Indian journal of veterinary science and animal husbandry - Volumes 15-17, 1948-1951
Year: 1948
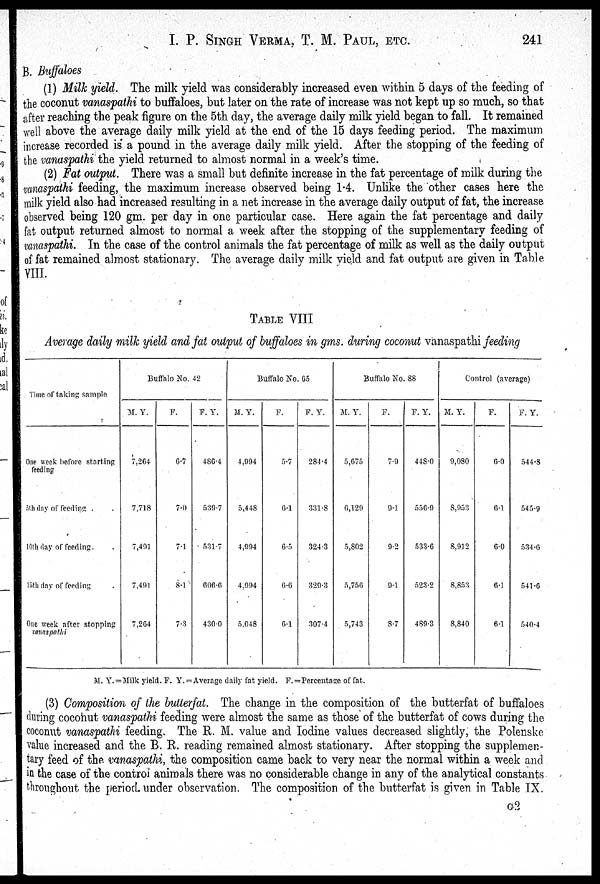
I. P. SINGH VERMA, T. M. PAUL, ETC. 241
B. Buffaloes
(1) Milk yield. The milk yield was considerably increased even within 5 days of the feeding of
the coconut vanaspathi to buffaloes, but later on the rate of increase was not kept up so much, so that
after reaching the peak figure on the 5th day, the average daily milk yield began to fall. It remained
well above the average daily milk yield at the end of the 15 days feeding period. The maximum
increase recorded is a pound in the average daily milk yield. After the stopping of the feeding of
the vanaspathi the yield returned to almost normal in a week's time.
(2) Fat output. There was a small but definite increase in the fat percentage of milk during the
vanaspathi feeding, the maximum increase observed being 14. Unlike the other cases here the
milk yield also had increased resulting in a net increase in the average daily output of fat, the increase
observed being 120 gm. per day in one particular case. Here again the fat percentage and daily
fat output returned almost to normal a week after the stopping of the supplementary feeding of
vanaspathi. In the case of the control animals the fat percentage of milk as well as the daily output
of fat remained almost stationary. The average daily milk vield and fat output are given in Table
VIII.
TABLE VIII
Average daily milk yield and fat output of buffaloes in gms. during coconut vanaspathi feeding
Time of taking sample
One week before starting
feeding
5th day of feeding . .
10th day of feeding. .
15th day of feeding .
One week after stopping
vanaspathi
Buffalo No. 42
M. Y.
7,264
7,718
7,491
7,491
7,264
F.
6.7
7.0
7.1
8.1
7.3
F. Y.
486.4
539.7
531.7
606.6
430.0
Buffalo No. 65
M. Y.
4,994
5,448
4,994
4,994
5,048
F.
5.7
6.1
6.5
6.6
6.1
F. Y.
284.4
331.8
324.3
329.3
307.4
Buffalo No. 88
M. Y.
5,075
0,129
5,802
5,756
5,743
F.
7.9
9.1
9.2
9.1
8.7
F. Y.
448.0
556.9
533.6
523.2
489.3
Control (average)
M. Y.
9,080
8,953
8,912
8,853
8,840
F.
6.0
6.1
6.0
6.1
6.1
F. Y.
544.8
545.9
534.6
541.6
540.4
M. Y. = Milk yield. F. Y. = Average daily fat yield. F. = Percentage of fat.
(3) Composition of the butterfat. The change in the composition of the butterfat of buffaloes
during coconut vanaspathi feeding were almost the same as those of the butterfat of cows during the
coconut vanaspathi feeding. The R. M. value and Iodine values decreased slightly, the Polenske
value increased and the B. R. reading remained almost stationary. After stopping the supplemen-
tary feed of the vanaspathi, the composition came back to very near the normal within a week and
in the case of the control animals there was no considerable change in any of the analytical constants
throughout the period under observation. The composition of the butterfat is given in Table IX.
G2